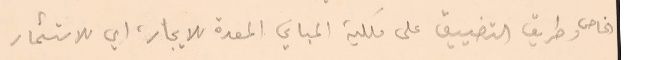
الخاص وطريق التضييق على ملكية المباني المعدة للايجار، اي للاستثمار